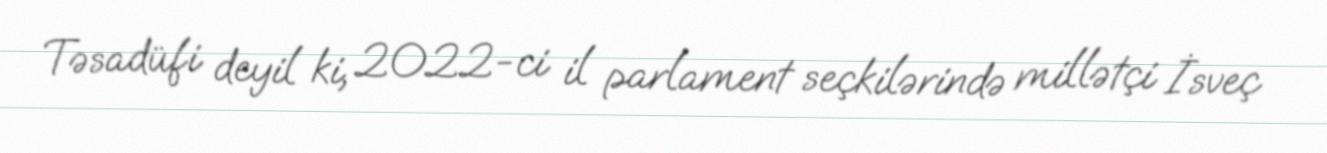
Təsadüfi deyil ki, 2022-ci il parlament seçkilərində millətçi İsveç